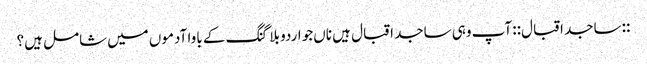
::ساجد اقبال:: آپ وہی ساجد اقبال ہیں‌ ناں‌جو اردو بلاگنگ کے باوا آدموں میں‌شامل ہیں؟